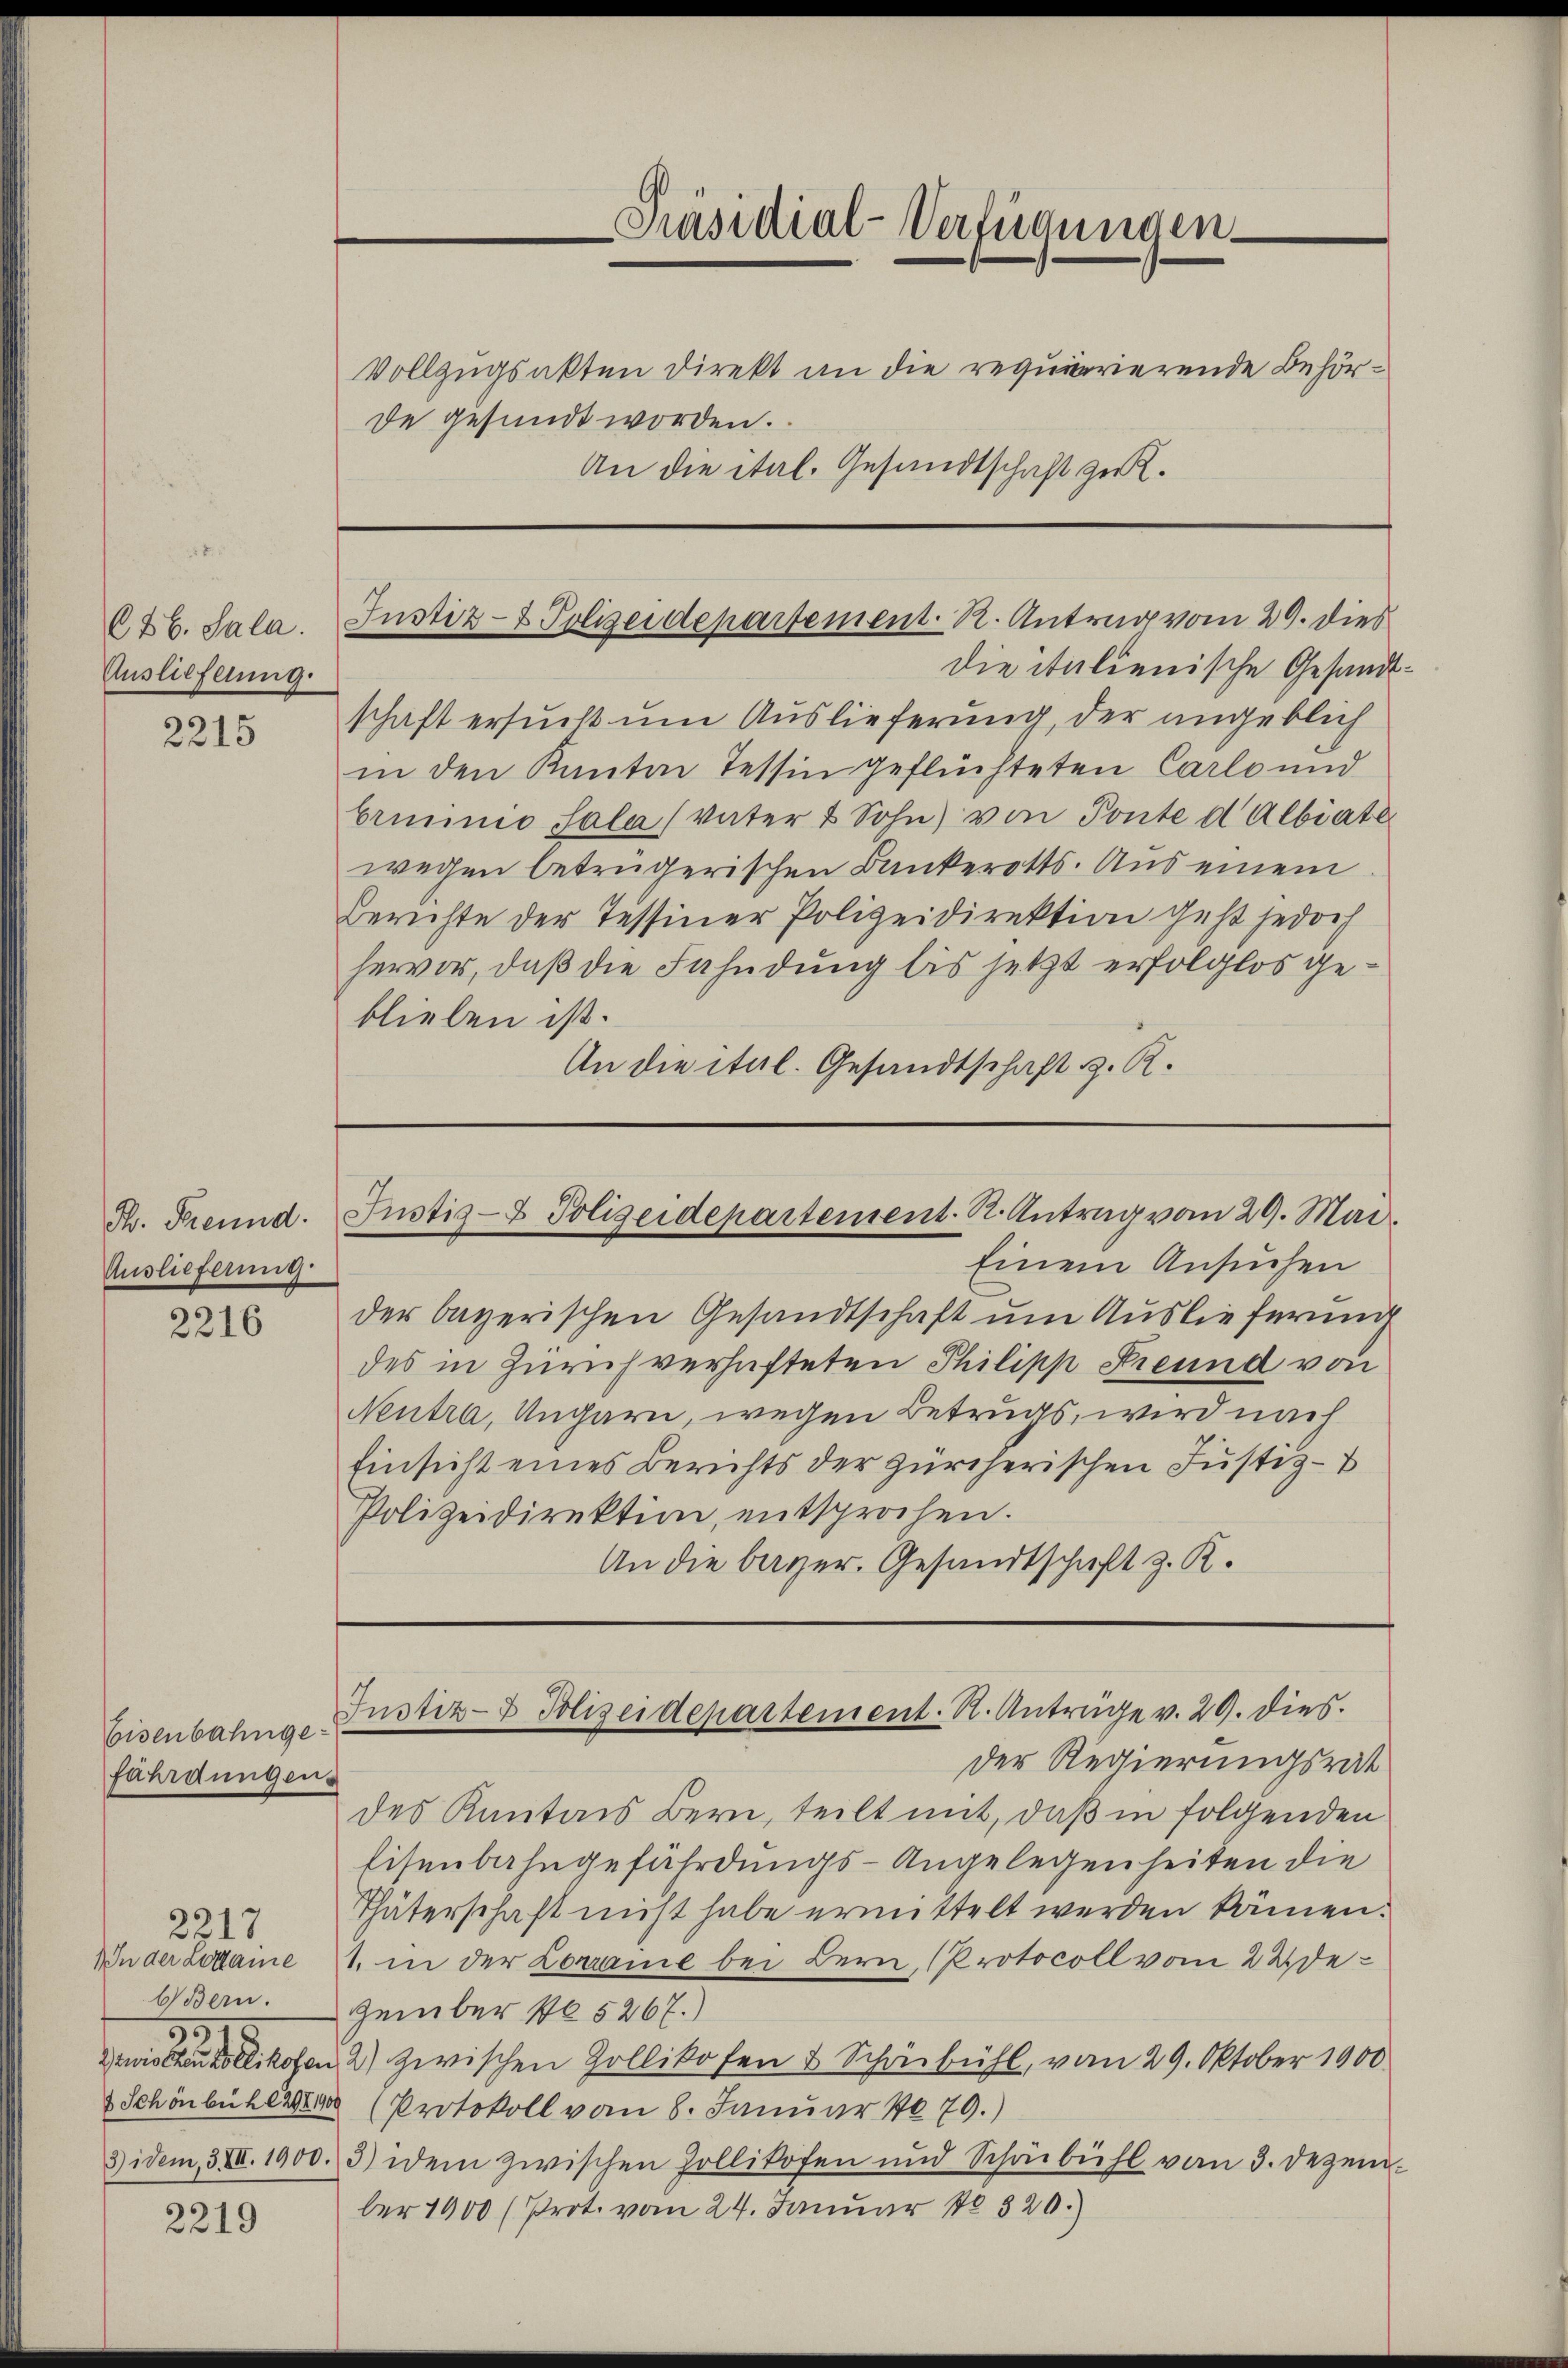
626. Sala
Auslieferung.

2215

H. Freund.
Auslieferung.

2216

Eisenbahngefährdungen

2217
bBern.
310

2219

Präsidial-Verfügungen.
Vollzugsakten Direkt an die requirierende Behörde gesundt worden.
An die ital. Gesandtschaft zu.

die italienische Gesandtschaft ersucht um Auslieferung, der angeblich
in den Kanton Tessin geflüchteten Carlo und
brminio Sala vater & Sohn) von Ponte d Albiate
wegen betrügerischen Bankerotts. Aus einem
Berichte der Tessiner Polizeidirektion geht jedoch
hervor, daß die Fahndung bis jetzt erfolglos geblieben ist.
An die ital. Gesandtschaft z. R.

Justiz- & Polizeidepartement. R. Antrag vom 29. dies

Justiz- & Polizeidepartement. R. Antrag vom 29. Mai.

Einem Ansuchen
der bayerischen Gesandtschaft um Auslieferung
des in Zürich verhafteten Philipp Freund von
Neutra, Ungarn, wegen Betrugs, wird nach
Einsicht eines Berichts der zürcherischen Justiz- &
Polizeidirektion, entsprochen.
An die bayer. Gesandtschaft z. R.

Justiz- & Polizeidepartement. R. Anträge v. 29. dies

Der Regierungsrat
des Kantons Bern, teilt mit, daß in folgenden
Eisenbahngefährdungs-Angelegenheiten die
Thäterschaft nicht habe ermittelt werden kämen.
In der Lodame 4. in der Lorraine bei Bern, (Protocoll vom 22. Dezember No 5267.)
Zwischen Mikofen 2) zwischen Zollikofen & Schönbühl, vom 29. Oktober 1900.
4 Schönbühl 220 (Protokoll vom 8. Januar 1879.)
3 idem 3 VII. 1900. 3) idem zwischen Zollikofen und Schönbühl vom 3. Dezember 1900 (Prot. vom 24. Januar 18320.)